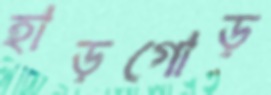
হাড়গোড়